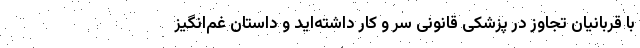
با قربانیان تجاوز در پزشکی قانونی سر و کار داشته‌اید و داستان غم‌انگیز